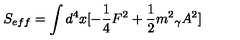
S _ { e f f } = \int { d ^ { 4 } x [ - \frac { 1 } { 4 } F ^ { 2 } + \frac { 1 } { 2 } { m ^ { 2 } } _ { \gamma } A ^ { 2 } ] }